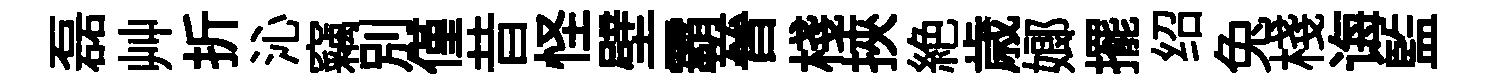
磊艸折沁竊別僅昔怪壁霸晉棧挾絶歳嫏擺绍兔棧诲監